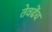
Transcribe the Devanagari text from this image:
तेवढेंच